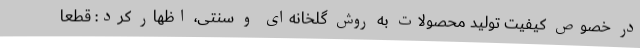
در خصوص کیفیت تولید محصولات به روش گلخانه‌ای و سنتی، اظهار کرد: قطعا